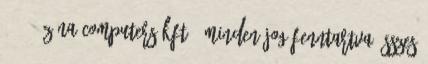
2010 - ZÓNA Computers Kft., minden jog fenntartva Összes